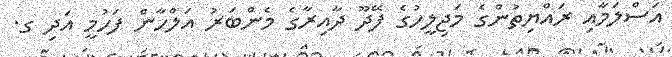
އަސްލަމާއި ރައްޔިތުންގެ މަޖިލީހުގެ ފޭދޫ ދާއިރާގެ މެންބަރު އަލްހާން ފަހުމީ އަދި ގ.